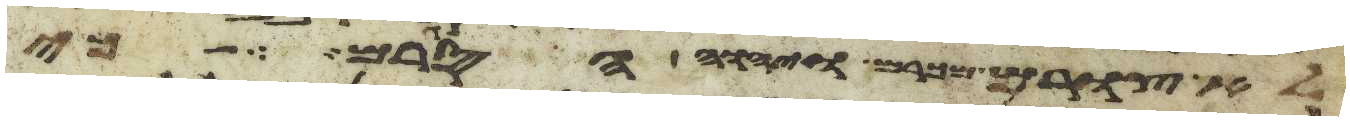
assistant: לא צורם מכרם ויהוה הסגירם כי